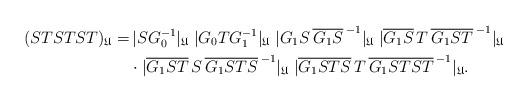
LaTeX: \begin{align*}(STSTST)_\mathfrak{U}=&\,|SG^{-1}_0|_\mathfrak{U}\;|G_0 TG^{-1}_1|_\mathfrak{U}\;|G_1 S\,{\overline{G_1 S}\,}^{-1}|_\mathfrak{U}\;|\overline{G_1 S}\, T\, {\overline{G_1 ST}\,}^{-1}|_\mathfrak{U}\\&\cdot|\overline{G_1 ST}\,S\,{\overline{G_1 STS}\,}^{-1}|_\mathfrak{U}\;|\overline{G_1 STS}\,T\,{\overline{G_1 STST}\,}^{-1}|_\mathfrak{U}.\end{align*}